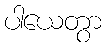
ပါယေတွာ